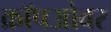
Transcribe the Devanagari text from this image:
क्रॉपओवर